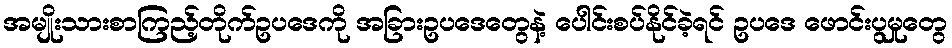
အမျိုးသားစာကြည့်တိုက်ဥပဒေကို အခြားဥပဒေတွေနဲ့ ပေါင်းစပ်နိုင်ခဲ့ရင် ဥပဒေ ဖောင်းပွမှုတွေ